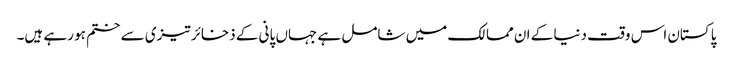
پاکستان اس وقت دنیا کے ان ممالک میں شامل ہے جہاں پانی کے ذخائر تیزی سے ختم ہو رہے ہیں۔